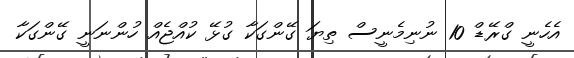
އެހެނީ ގްރޭޑް 10 ނުނިމެނީސް ތިޔަ ގޭންގަކާ ގުޅޭ ކުއްޖެއް ހުންނަނީ ގޭންގަކާ